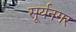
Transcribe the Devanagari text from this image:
सूर्यनगर